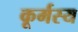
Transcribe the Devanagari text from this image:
कूर्मस्य